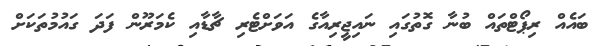
ބައެއް ރިޕޯޓްތައް ބުނާ ގޮތުގައި ނައިޖީރިއާގެ އަވަށްޓެރި ޗާޑާއި ކެމަރޫން ފަދަ ގައުމުތަކަށް